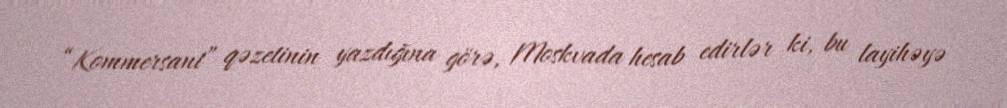
“Kommersant” qəzetinin yazdığına görə, Moskvada hesab edirlər ki, bu layihəyə